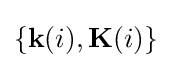
\{\mathbf {k} (i),\mathbf {K} (i)\}